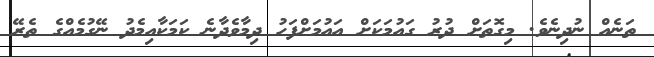
ތަނެއް ނުދިނެވެ. މިގޮތަށް ދުރު ގައުމަކަށް އައުމަށްފަހު ދިމާވެދާނެ ކަމަކާއިމެދު ނޭގުމެއްގެ ތެރޭ